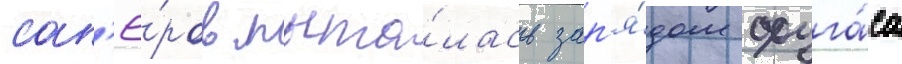
сап'ё́ров пыта́лась зар'я́дом фуга́са